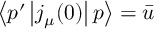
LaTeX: \left\langle p ^ { \prime } \left| j _ { \mu } ( 0 ) \right| p \right\rangle = \bar { u }